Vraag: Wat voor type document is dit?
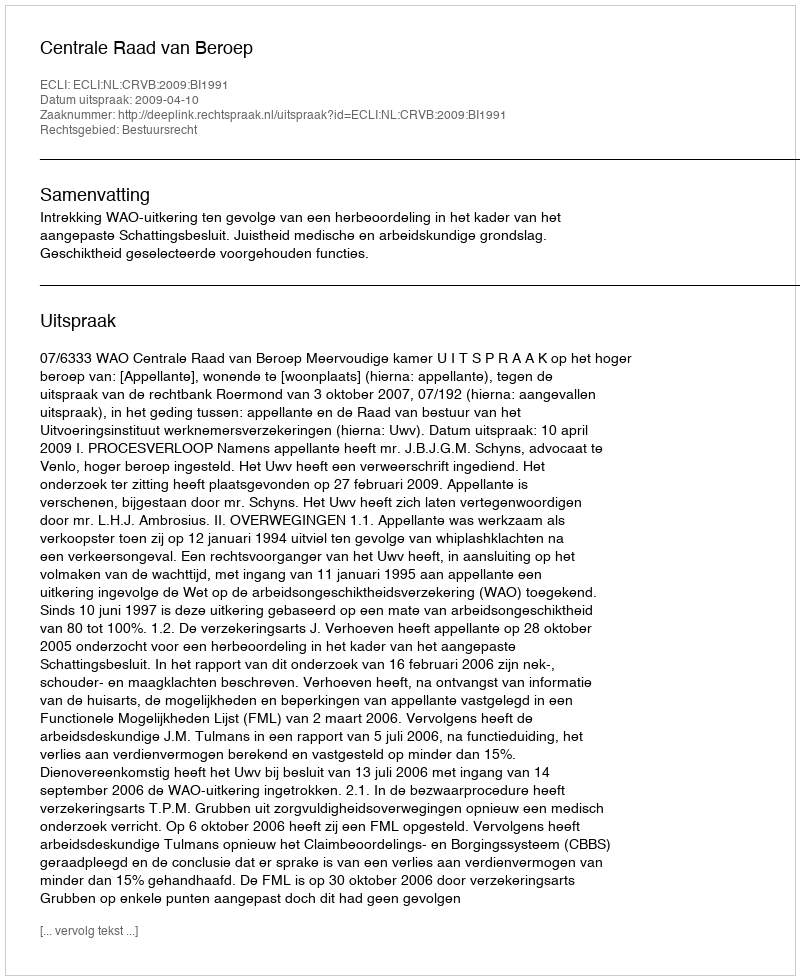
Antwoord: Uitspraak